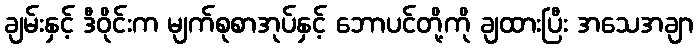
ချမ်းနှင့် ဒီဝိုင်းက မျက်စုစာအုပ်နှင့် ဘောပင်တို့ကို ချထားပြီး အသေအချာ